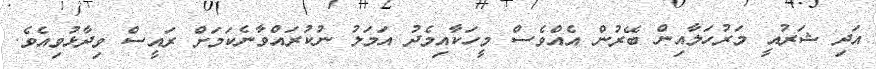
އަދި ޝަރުއީ މަރުހަލާއިން ބޭރުން އެއްވެސް މީހަކާއިމެދު އަމަލު ނުކުރައްވާނެކަމަށް ރައީސް ވިދާޅުވިއެވެ.